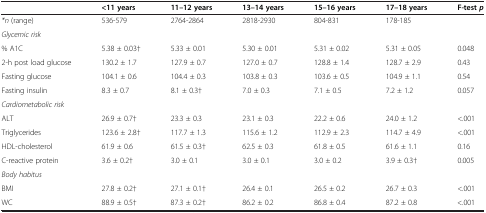
|  | <11 years | 11–12 years | 13–14 years | 15–16 years | 17–18 years | F-test p |
 | --- | --- | --- | --- | --- | --- | --- |
 | *n (range) | 536-579 | 2764-2864 | 2818-2930 | 804-831 | 178-185 |  |
 | Glycemic risk |  |  |  |  |  |  |
 | % A1C | 5.38 ± 0.03† | 5.33 ± 0.01 | 5.30 ± 0.01 | 5.31 ± 0.02 | 5.31 ± 0.05 | 0.048 |
 | 2-h post load glucose | 130.2 ± 1.7 | 127.9 ± 0.7 | 127.0 ± 0.7 | 128.8 ± 1.4 | 128.7 ± 2.9 | 0.43 |
 | Fasting glucose | 104.1 ± 0.6 | 104.4 ± 0.3 | 103.8 ± 0.3 | 103.6 ± 0.5 | 104.9 ± 1.1 | 0.54 |
 | Fasting insulin | 8.3 ± 0.7 | 8.1 ± 0.3† | 7.0 ± 0.3 | 7.1 ± 0.5 | 7.2 ± 1.2 | 0.057 |
 | Cardiometabolic risk |  |  |  |  |  |  |
 | ALT | 26.9 ± 0.7† | 23.3 ± 0.3 | 23.1 ± 0.3 | 22.2 ± 0.6 | 24.0 ± 1.2 | <.001 |
 | Triglycerides | 123.6 ± 2.8† | 117.7 ± 1.3 | 115.6 ± 1.2 | 112.9 ± 2.3 | 114.7 ± 4.9 | <.001 |
 | HDL-cholesterol | 61.9 ± 0.6 | 61.5 ± 0.3† | 62.5 ± 0.3 | 61.8 ± 0.5 | 61.6 ± 1.1 | 0.16 |
 | C-reactive protein | 3.6 ± 0.2† | 3.0 ± 0.1 | 3.0 ± 0.1 | 3.0 ± 0.2 | 3.9 ± 0.3† | 0.005 |
 | Body habitus |  |  |  |  |  |  |
 | BMI | 27.8 ± 0.2† | 27.1 ± 0.1† | 26.4 ± 0.1 | 26.5 ± 0.2 | 26.7 ± 0.3 | <.001 |
 | WC | 88.9 ± 0.5† | 87.3 ± 0.2† | 86.2 ± 0.2 | 86.8 ± 0.4 | 87.2 ± 0.8 | <.001 |